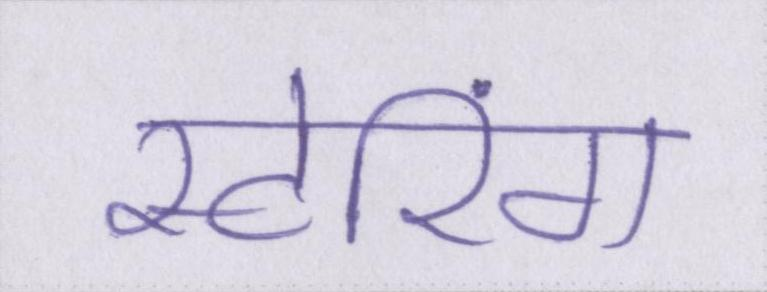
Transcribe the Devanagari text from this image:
स्टोरिंग